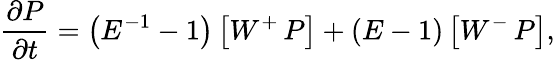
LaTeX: \frac{\partial P}{\partial t}=\left(E^{-1}-1\right)\left[W^{+}\thinspace P\right]+\left(E-1\right)\left[W^{-}\thinspace P\right],